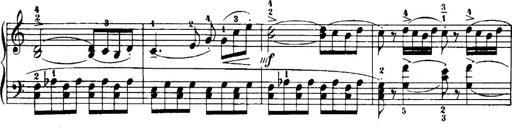
Title: 7 Sonatinas
Composer: Anton Diabelli